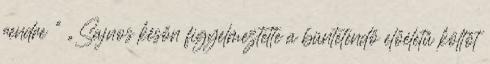
rendre ” „Sajnos későn figyelmeztette a büntetendő előéletű költőt